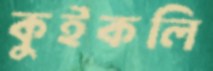
কুইকলি